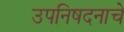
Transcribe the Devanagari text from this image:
उपनिषदनाचे